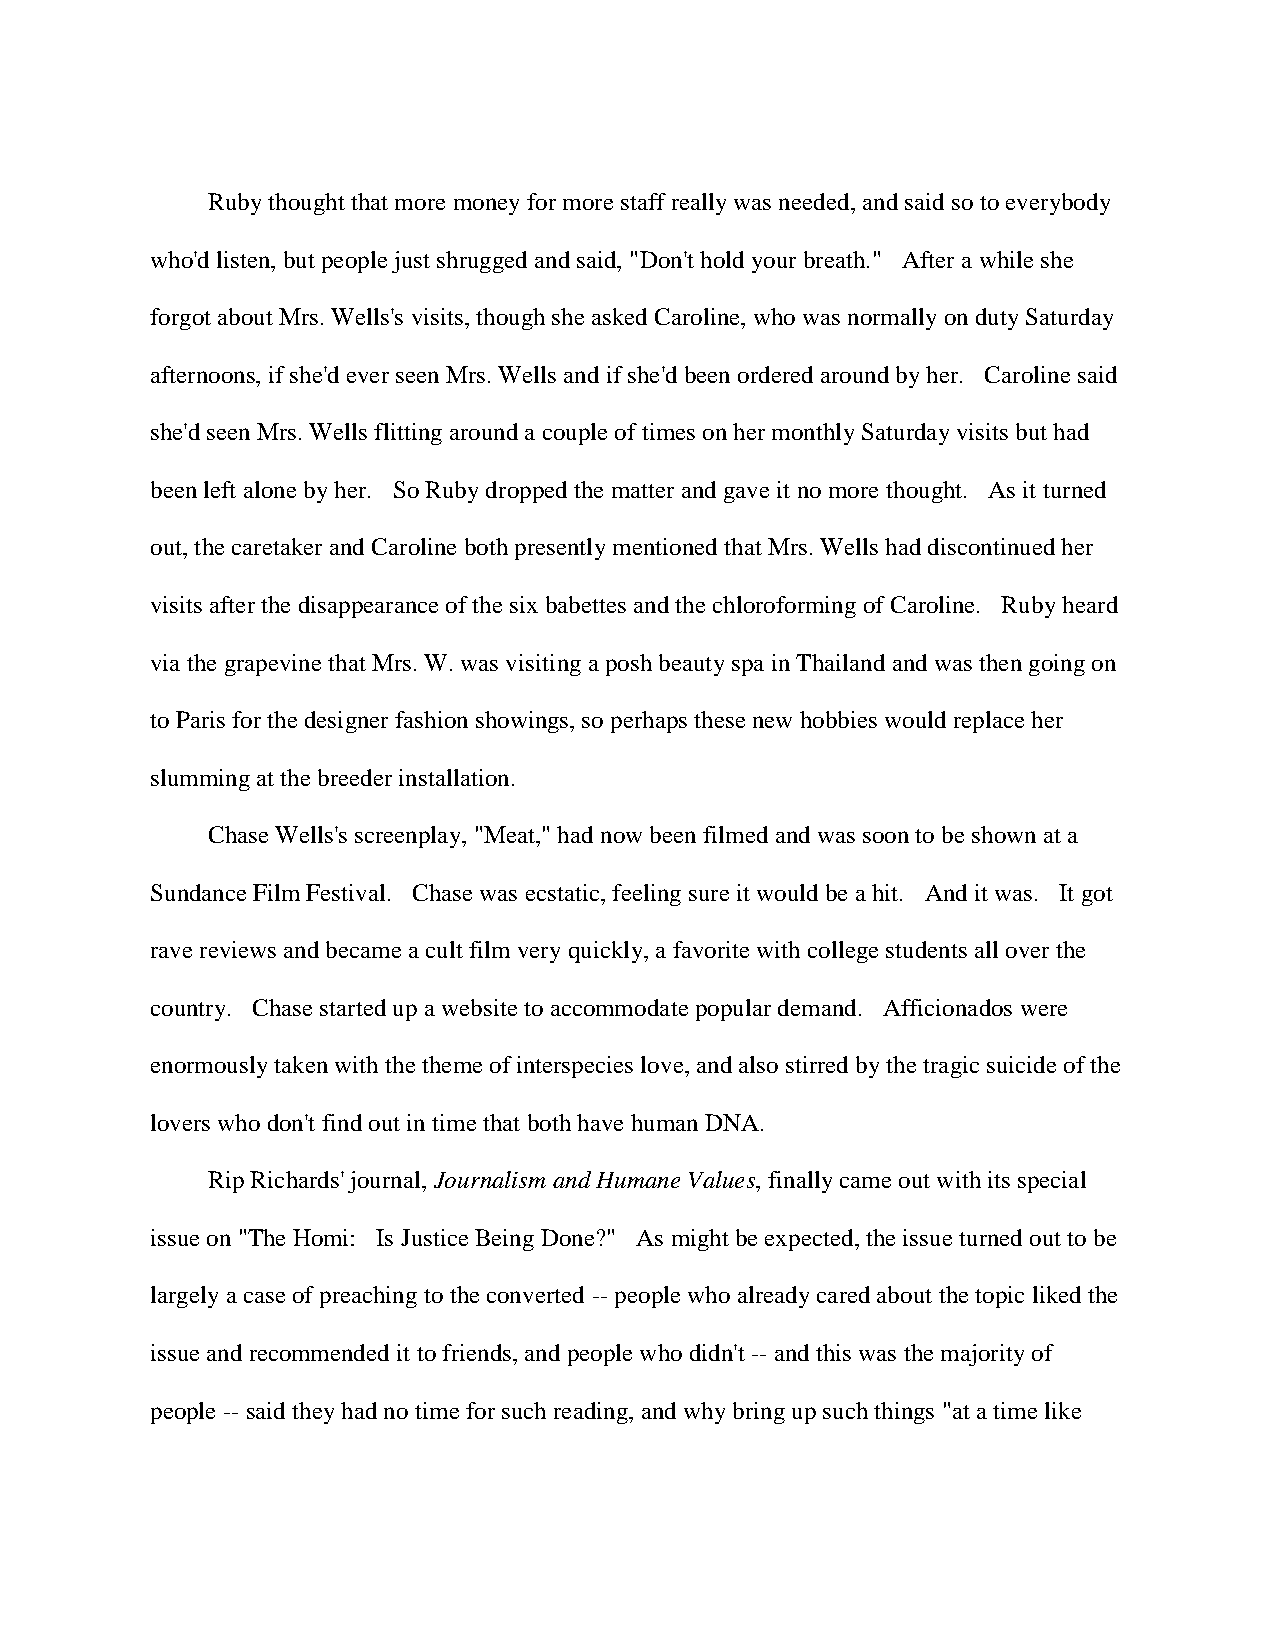
Ruby thought that more money for more staff really was needed, and said so to everybody
 who'd listen, but people just shrugged and said, "Don't hold your breath." After a while she
 forgot about Mrs. Wells's visits, though she asked Caroline, who was normally on duty Saturday
 afternoons, if she'd ever seen Mrs. Wells and if she'd been ordered around by her. Caroline said
 she'd seen Mrs. Wells flitting around a couple of times on her monthly Saturday visits but had
 been left alone by her. So Ruby dropped the matter and gave it no more thought. As it turned
 out, the caretaker and Caroline both presently mentioned that Mrs. Wells had discontinued her
 visits after the disappearance of the six babettes and the chloroforming of Caroline. Ruby heard
 via the grapevine that Mrs. W. was visiting a posh beauty spa in Thailand and was then going on
 to Paris for the designer fashion showings, so perhaps these new hobbies would replace her
 slumming at the breeder installation.
 Chase Wells's screenplay, "Meat," had now been filmed and was soon to be shown at a
 Sundance Film Festival. Chase was ecstatic, feeling sure it would be a hit. And it was. It got
 rave reviews and became a cult film very quickly, a favorite with college students all over the
 country. Chase started up a website to accommodate popular demand. Afficionados were
 enormously taken with the theme of interspecies love, and also stirred by the tragic suicide of the
 lovers who don't find out in time that both have human DNA.
 Rip Richards' journal, Journalism and Humane Values, finally came out with its special
 issue on "The Homi: Is Justice Being Done?" As might be expected, the issue turned out to be
 largely a case of preaching to the converted -- people who already cared about the topic liked the
 issue and recommended it to friends, and people who didn't -- and this was the majority of
 people -- said they had no time for such reading, and why bring up such things "at a time like